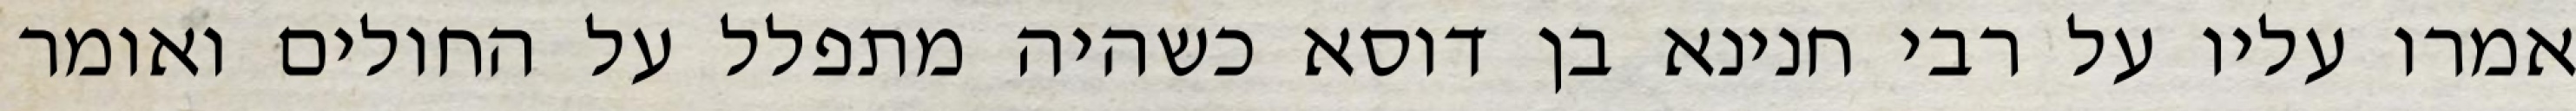
אמרו עליו על רבי חנינא בן דוסא כשהיה מתפלל על החולים ואומר